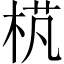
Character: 𣒾